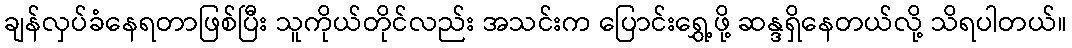
ချန်လှပ်ခံနေရတာဖြစ်ပြီး သူကိုယ်တိုင်လည်း အသင်းက ပြောင်းရွှေ့ဖို့ ဆန္ဒရှိနေတယ်လို့ သိရပါတယ်။